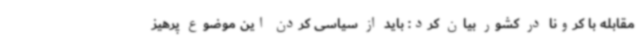
مقابله با کرونا در کشور بیان کرد: باید از سیاسی کردن این موضوع پرهیز